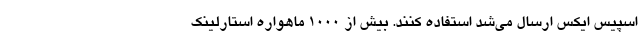
اسپیس ایکس ارسال می‌شد استفاده کنند. بیش از ۱۰۰۰ ماهواره استارلینک